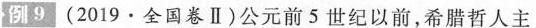
例9(2019·全国卷Ⅱ)公元前5世纪以前，希腊哲人主